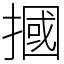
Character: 摑